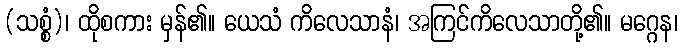
(သစ္စံ)၊ ထိုစကား မှန်၏။ ယေသံ ကိလေသာနံ၊ အကြင်ကိလေသာတို့၏။ မဂ္ဂေန၊